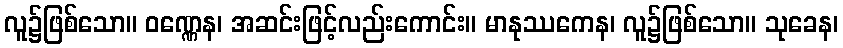
လူ၌ဖြစ်သော။ ဝဏ္ဏေန၊ အဆင်းဖြင့်လည်းကောင်း။ မာနုဿကေန၊ လူ၌ဖြစ်သော။ သုခေန၊